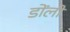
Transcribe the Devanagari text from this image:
डोंली